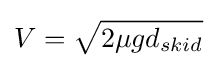
V={\sqrt {2\mu gd_{skid}}}